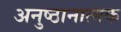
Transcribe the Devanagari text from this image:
अनुष्ठानात्मक